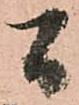
間